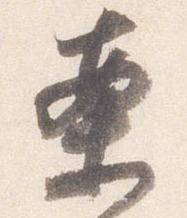
案